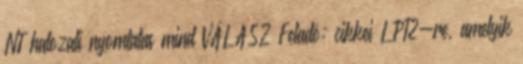
NT halozati nyomtatas mind VÁLASZ Feladó: cikkei LPT2-re, amelyik